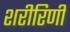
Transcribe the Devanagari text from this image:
शरीरिणी